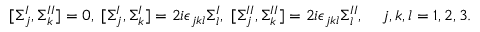
[ \Sigma _ { j } ^ { I } , \Sigma _ { k } ^ { I I } ] = 0 , \; [ \Sigma _ { j } ^ { I } , \Sigma _ { k } ^ { I } ] = 2 i \epsilon _ { j k l } \Sigma _ { l } ^ { I } , \; [ \Sigma _ { j } ^ { I I } , \Sigma _ { k } ^ { I I } ] = 2 i \epsilon _ { j k l } \Sigma _ { l } ^ { I I } , \; \; \; \; j , k , l = 1 , 2 , 3 .